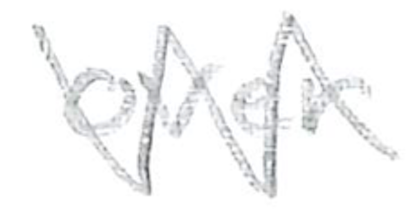
Text: over
Cross-out: zig-zag
Writing tool: pencil